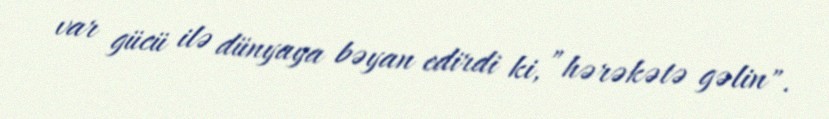
var gücü ilə dünyaya bəyan edirdi ki, ”hərəkətə gəlin".